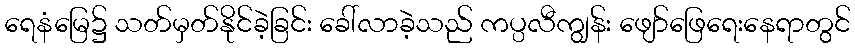
ရေနံမြေ၌ သတ်မှတ်နိုင်ခဲ့ခြင်း ခေါ်လာခဲ့သည် ကပ္ပလီကျွန်း ဖျော်ဖြေရေးနေရာတွင်